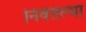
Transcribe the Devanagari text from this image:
निर्वतल्या